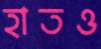
হাতও